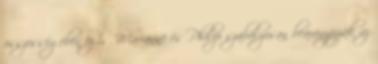
összességében ez is. Marianne és Philip szabályosan bearanyozzák az